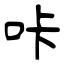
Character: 咔